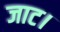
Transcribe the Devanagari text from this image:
जाट।